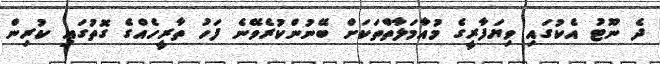
ދެ ނޫޓު އެކުގައި ވިޔަފާރީގެ މުއާމަލާތްތަކަށް ބޭނުންކުރެވޭނެ ފަހު ތާރީހެއްގެ ގޮތުގައި ކުރިން